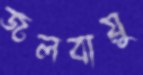
জলবায়ু